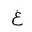
Letter: _gayn